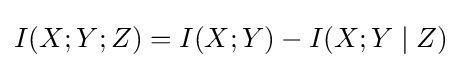
I(X;Y;Z)=I(X;Y)-I(X;Y\mid Z)